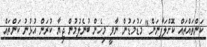
ކަންތައްތައް ކޮށްލަފާނަން" މަޑުމަޑުން ނާވީ މިހެން ބުނެލުމުން ޖިޔާ ކުރަން އުޅުނު ކަންތައް